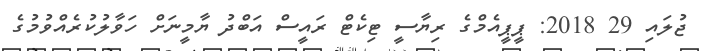
ޖުލައި 29 2018: ޕީޕީއެމްގެ ރިޔާސީ ޓިކެޓް ރައީސް އަބްދު ޔާމީނަށް ހަވާލުކުރެއްވުމުގެ